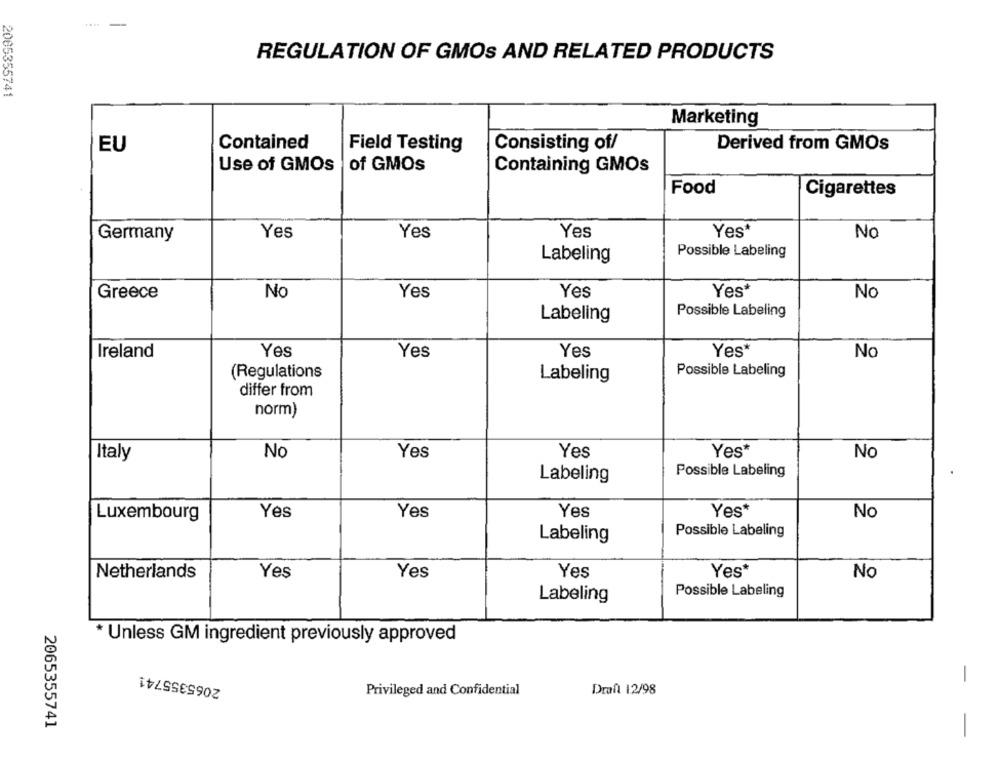
-
REGULATION OF GMOS AND RELATED PRODUCTS
2005355741
Marketing
Contained
EU
Field Testing
Consisting of/
Derived from GMOs
of GMOs
Use of GMOs
Containing GMOs
Food
Cigarettes
Germany
Yes
Yes
Yes
Yes'
No
Possible Labeling
Labeling
Greece
No
Yes
Yes
Yes*
No
Possible Labeling
Labeling
Ireland
Yes
Yes
Yes
Yes"
No
(Regulations
Possible Labeling
Labeling
differ from
norm)
Italy
No
Yes
Yes
Yes*
No
Possible Labeling
Labeling
Luxembourg
Yes
Yes
Yes
Yes*
No
Possible Labeling
Labeling
Yes*
Netherlands
Yes
Yes
Yes
No
Possible Labeling
Labeling
* Unless GM ingredient previously approved
2065355741
-
Privileged and Confidential
Draft 12/98
2065355741